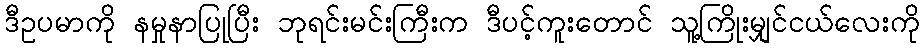
ဒီဥပမာကို နမှုနာပြုပြီး ဘုရင်းမင်းကြီးက ဒီပင့်ကူးတောင် သူ့ကြိုးမျှင်ငယ်လေးကို